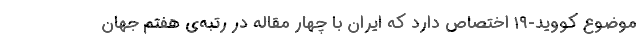
موضوع کووید-۱۹ اختصاص دارد که ایران با چهار مقاله در رتبه‌ی هفتم جهان